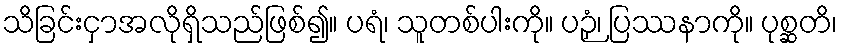
သိခြင်းငှာအလိုရှိသည်ဖြစ်၍။ ပရံ၊ သူတစ်ပါးကို။ ပဉှံ၊ ပြဿနာကို။ ပုစ္ဆတိ၊